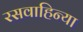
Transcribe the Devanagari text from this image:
रसवाहिन्या